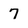
Character: 7